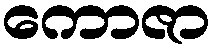
ကောဇာ